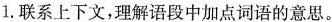
1.联系上下文，理解语段中加点词语的意思。